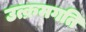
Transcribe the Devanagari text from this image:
उत्क्रमगति